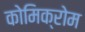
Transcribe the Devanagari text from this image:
कोमिक्रोम